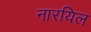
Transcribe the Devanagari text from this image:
नारयिल